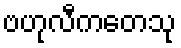
ဗဟုလီကတေသု